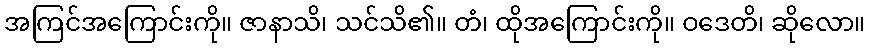
အကြင်အကြောင်းကို။ ဇာနာသိ၊ သင်သိ၏။ တံ၊ ထိုအကြောင်းကို။ ဝဒေတိ၊ ဆိုလော။